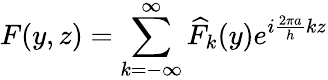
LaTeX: \displaystyle F(y,z)=\sum_{k=-\infty}^{\infty}\widehat{F}_{k}(y)e^{i\frac{2\pi a}{h}kz}